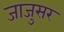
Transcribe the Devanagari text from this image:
जाजुसर